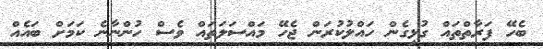
ބެހޭ ފަރާތްތައް ގުޅިގެން ހައްލުކުރަން ޖެހޭ މައްސަލަތައް ވެސް ހުންނާނެ ކަމަށް ބައެއް